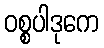
ဝစ္စပါဒုကေ